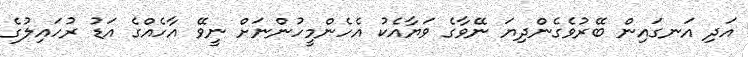
އަދި އަނގައިން ބޭރުވެގެންދިޔަ ނޭވާގެ ވަޔާއެކު އެހެންމީހުންނަށް ނީވޭ އާހެއްގެ އަޑު ރުހައިލުގެ